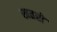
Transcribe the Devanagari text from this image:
खतरो